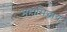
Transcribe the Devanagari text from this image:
महासिद्धाय